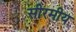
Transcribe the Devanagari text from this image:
सीरमीय